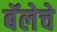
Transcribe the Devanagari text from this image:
बॅलेचे